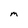
Character: m